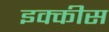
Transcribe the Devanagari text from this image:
इक्‍कीस